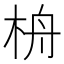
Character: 𣑮